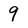
Character: 9